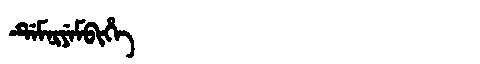
Manchu: ᡩᡝᠮᠨᡳᠶᡝᠮᠪᡳᡥᡝ
Romanization: DEMNIYEMBIHE